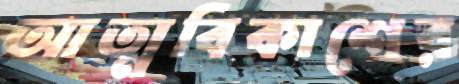
আত্মবিকাশের